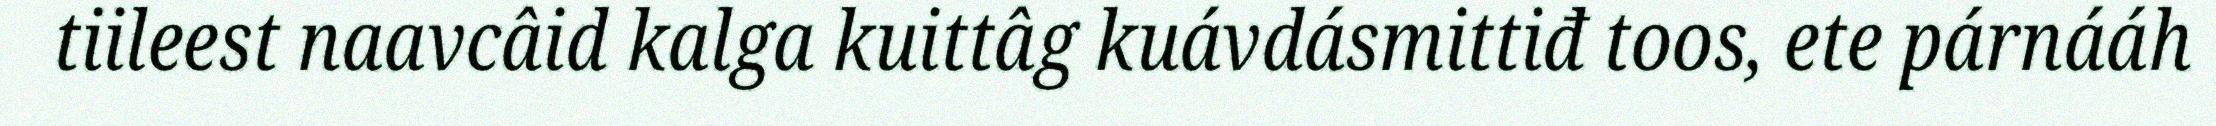
tiileest naavcâid kalga kuittâg kuávdásmittiđ toos, ete párnááh